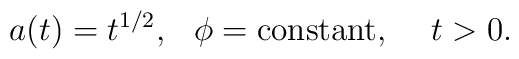
a(t) = t^{1/2}, \hskip0.3cm \phi = {\rm constant}, \hskip0.5cm t > 0.